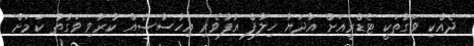
ދެއްކި ވަގުތަކީ ޓެޑްރީއަށް އާދަޔާ ހިލާފް އުފާވެރި އިހުސާސެއް ކުރުވި ވަގުތު ކަމަށް